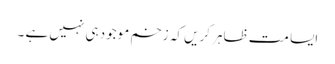
ایسا مت ظاہر کریں کہ زخم موجود ہی نہیں ہے ۔